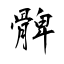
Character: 髀